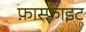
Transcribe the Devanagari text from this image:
फ़ास्फ़ाइट